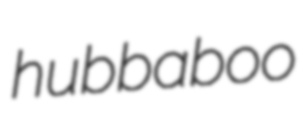
hubbaboo